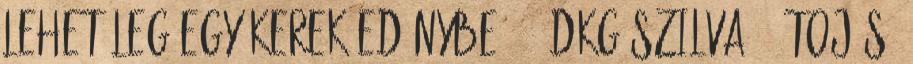
lehetőleg egy kerek edénybe. 50 dkg szilva, 4 tojás,